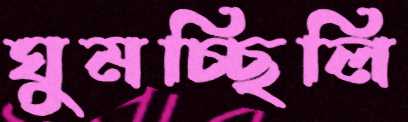
ঘুমচ্ছিলি